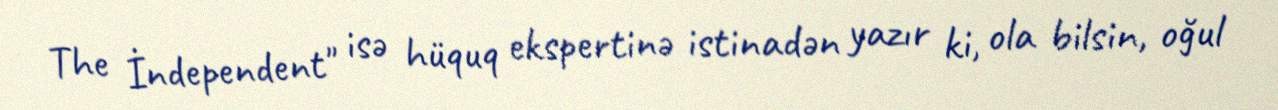
The İndependent" isə hüquq ekspertinə istinadən yazır ki, ola bilsin, oğul